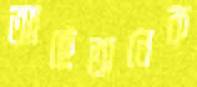
আছেঅনেক